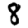
Digit: 8